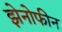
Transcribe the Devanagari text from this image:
झेनोफीन